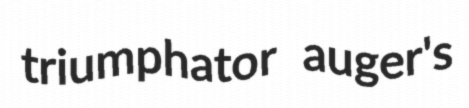
triumphator auger's